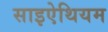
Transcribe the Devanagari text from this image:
साइऐथियम